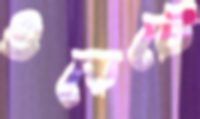
ওয়েটে